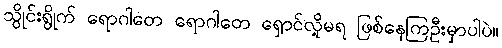
သွိုင်းရွိုက် ရောဂါတေ ရောဂါတေ ရှောင်လို့မရ ဖြစ်နေကြဦးမှာပါပဲ။